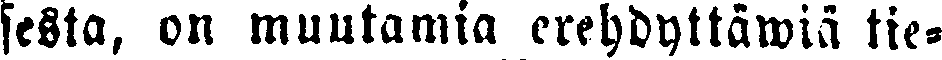
sesta, on muutamia erehdyttäwiä tie-